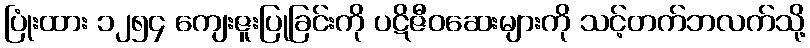
ပြုံးထား ၁၂၅၄ ကျေးဇူးပြုခြင်းကို ပဋိဇီဝဆေးများကို သင့်တက်ဘလက်သို့